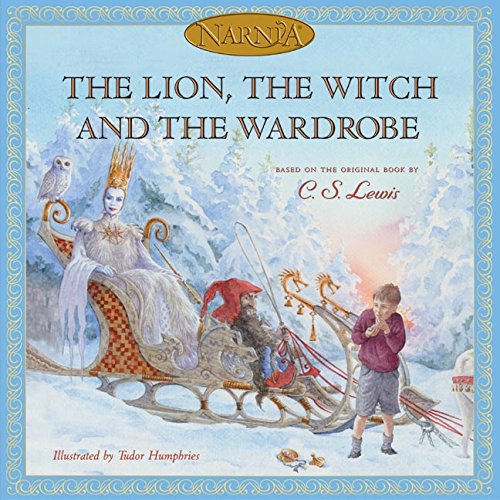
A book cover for The Lion, the Witch and the Wardrobe (picture book edition) (Chronicles of Narnia); C. S. Lewis; Children's Books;